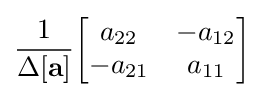
{\frac {1}{\Delta \mathbf {[a]} }}{\begin{bmatrix}a_{22}&-a_{12}\\-a_{21}&a_{11}\end{bmatrix}}